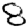
Digit: 8